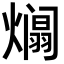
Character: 𪹹